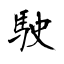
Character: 駛